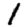
Digit: 1